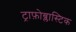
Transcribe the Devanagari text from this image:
ट्राफ़ोब्लास्टिक